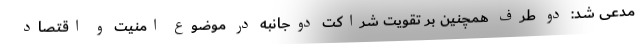
مدعی شد: دو طرف همچنین بر تقویت شراکت دوجانبه در موضوع امنیت و اقتصاد